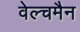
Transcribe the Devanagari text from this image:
वेल्चमैन